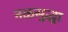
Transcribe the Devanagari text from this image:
नळसुद्धा